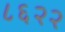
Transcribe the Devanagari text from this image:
८६२२